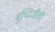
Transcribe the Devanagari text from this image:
बुध्दिजीवी